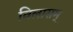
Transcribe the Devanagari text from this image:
विलासम्